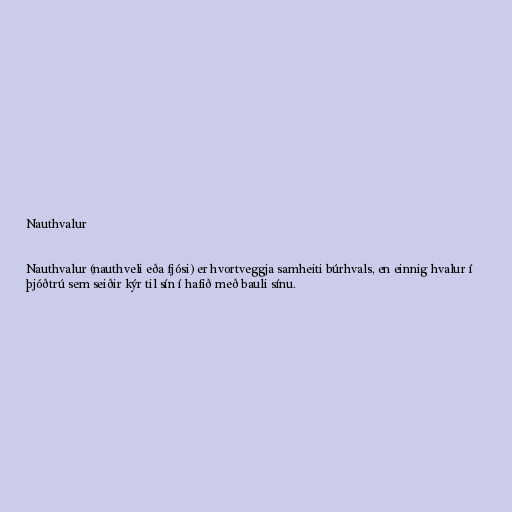
Nauthvalur

Nauthvalur (nauthveli eða fjósi) er hvortveggja samheiti búrhvals, en einnig hvalur í
þjóðtrú sem seiðir kýr til sín í hafið með bauli sínu.